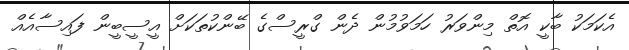
އެކަމަކު ބާކީ އޮތް މިންވަރު ހަމަވުމުން ދެން ގްރީސްގެ ބޭންކުތަކަށް އީސީބީން ފައިސާއެއް